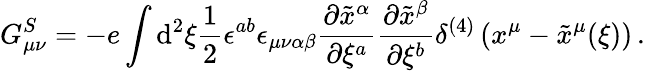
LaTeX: G_{\mu\nu}^{S}=-e\int\mathrm{d}^{2}\xi\frac{{1}}{{2}}\epsilon^{ab}\epsilon_{\mu\nu\alpha\beta}\frac{{\partial\tilde{{x}}^{\alpha}}}{{\partial\xi^{a}}}\frac{{\partial\tilde{{x}}^{\beta}}}{{\partial\xi^{b}}}\delta^{(4)}\left(x^{\mu}-\tilde{{x}}^{\mu}(\xi)\right)\, .